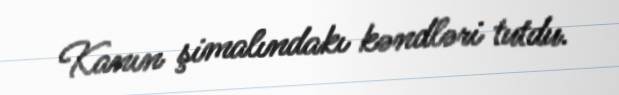
Kanın şimalındakı kəndləri tutdu.